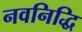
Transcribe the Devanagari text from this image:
नवनिद्धि